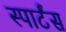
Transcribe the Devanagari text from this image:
स्पार्टंस